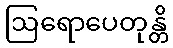
ဩရောပေတုန္တိ